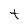
Character: t